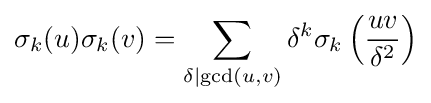
\sigma _{k}(u)\sigma _{k}(v)=\sum _{\delta \mid \gcd(u,v)}\delta ^{k}\sigma _{k}\left({\frac {uv}{\delta ^{2}}}\right)